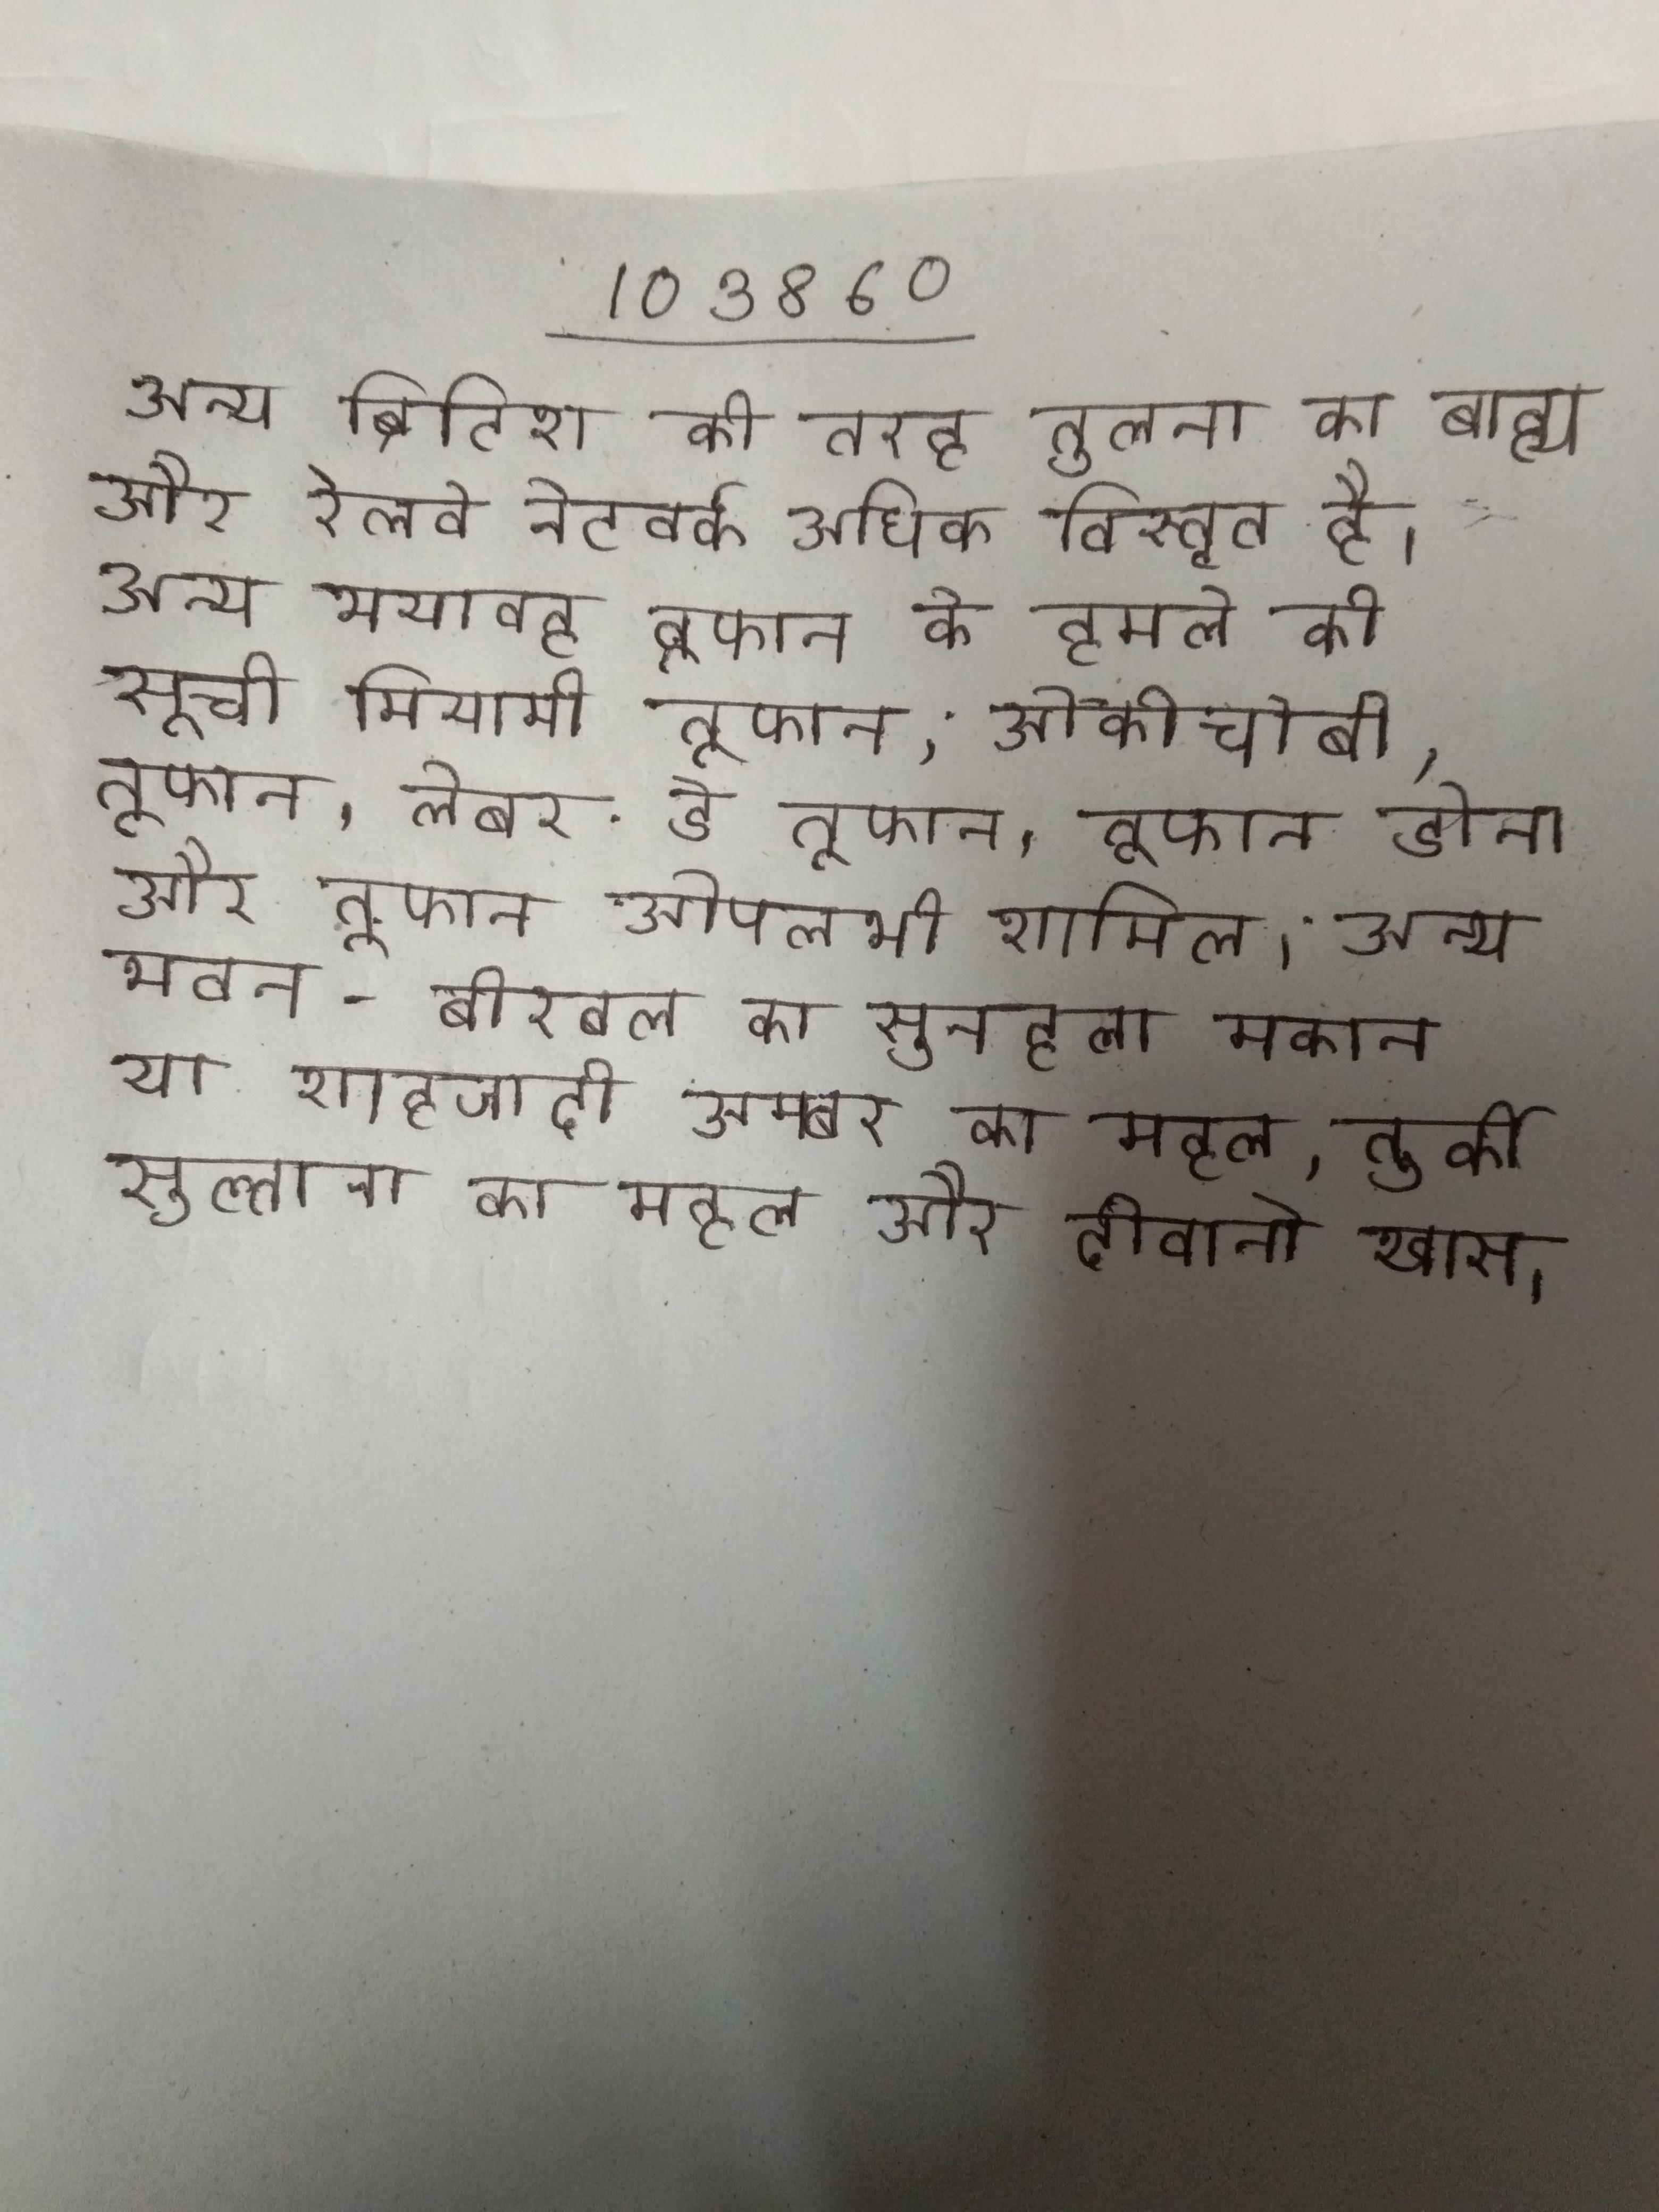
अन्य ब्रिटिश की तरह तुलना का बाह्य और रेलवे नेटवर्क अधिक विस्तृत है । अन्य भयावह तूफान के हमले की सूची मियामी तूफान, ओकीचोबी तूफान, लेबर डे तूफान, तूफान डोना और तूफान ओपलभी शामिल । अन्य भवन `बीरबल का सुनहला मकान या शाहजादी अम्बर का महल, तुर्की सुल्ताना का महल और दीवाने खास ।